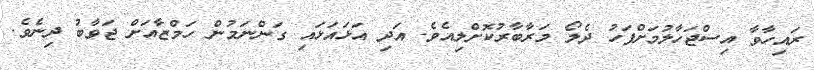
ރައިހާވާ އިސްޖަހާލުމަށްފަހު ދެލޯ މަރާބާރުކޮށްލިއެވެ. އަދި އަޅައަޅައި ގަންނަމުން ހަމްޒާއަށް ޖަވާބު ދިނެވެ.